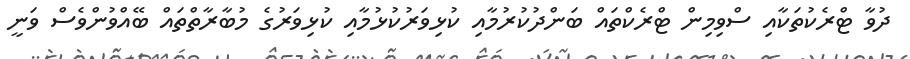
ދުވާ ޓްރެކުތަކާއި ސްވިމިން ޓްރެކްތައް ބަންދުކުރުމާއި ކުޅިވަރުކުޅުމާއި ކުޅިވަރުގެ މުބާރާތްތައް ބޭއްވުންވެސް ވަނީ